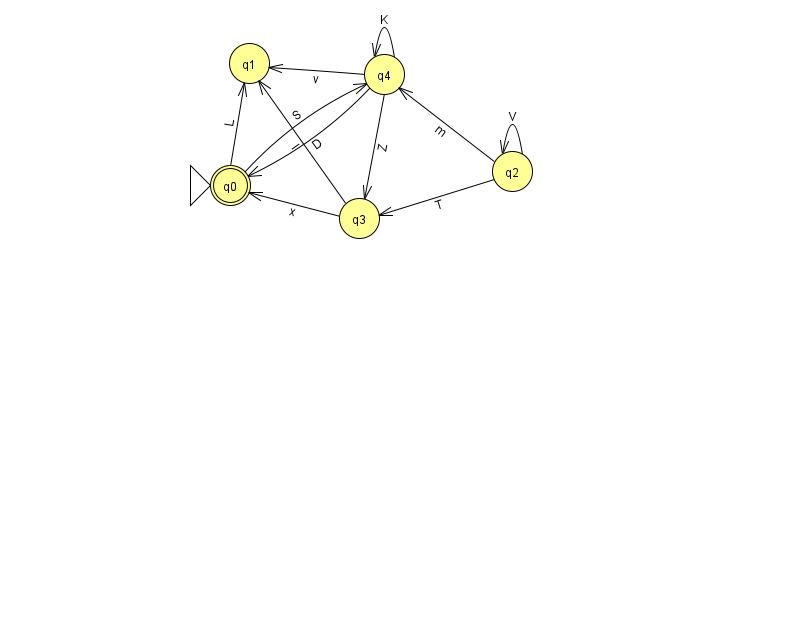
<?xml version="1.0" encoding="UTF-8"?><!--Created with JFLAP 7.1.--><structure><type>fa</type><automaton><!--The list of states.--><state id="0" name="q0"><x>230.0</x><y>172.0</y><initial/><final/></state><state id="1" name="q1"><x>249.0</x><y>50.0</y></state><state id="2" name="q2"><x>512.0</x><y>158.0</y></state><state id="3" name="q3"><x>359.0</x><y>205.0</y></state><state id="4" name="q4"><x>384.0</x><y>61.0</y></state><!--The list of transitions.--><transition><from>0</from><to>4</to><read>S</read></transition><transition><from>2</from><to>3</to><read>T</read></transition><transition><from>0</from><to>1</to><read>L</read></transition><transition><from>4</from><to>3</to><read>Z</read></transition><transition><from>2</from><to>4</to><read>m</read></transition><transition><from>3</from><to>0</to><read>x</read></transition><transition><from>2</from><to>2</to><read>V</read></transition><transition><from>4</from><to>0</to><read>D</read></transition><transition><from>4</from><to>1</to><read>v</read></transition><transition><from>4</from><to>4</to><read>K</read></transition><transition><from>3</from><to>1</to><read>l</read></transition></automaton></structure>